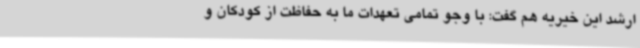
ارشد این خیریه هم گفت: با وجو تمامی تعهدات ما به حفاظت از کودکان و